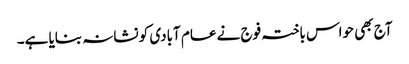
آج بھی حواس باختہ فوج نے عام آبادی کو نشانہ بنایا ہے۔